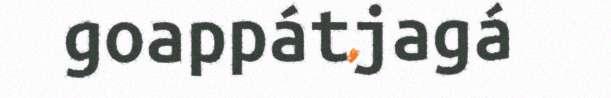
goappátjagá